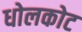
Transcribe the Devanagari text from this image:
धोलकोट